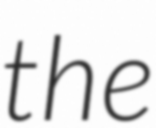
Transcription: the